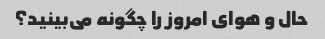
حال و هوای امروز را چگونه می‌بینید؟